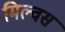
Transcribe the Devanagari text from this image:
मिल्वस